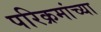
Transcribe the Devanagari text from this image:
परिक्रमांच्या